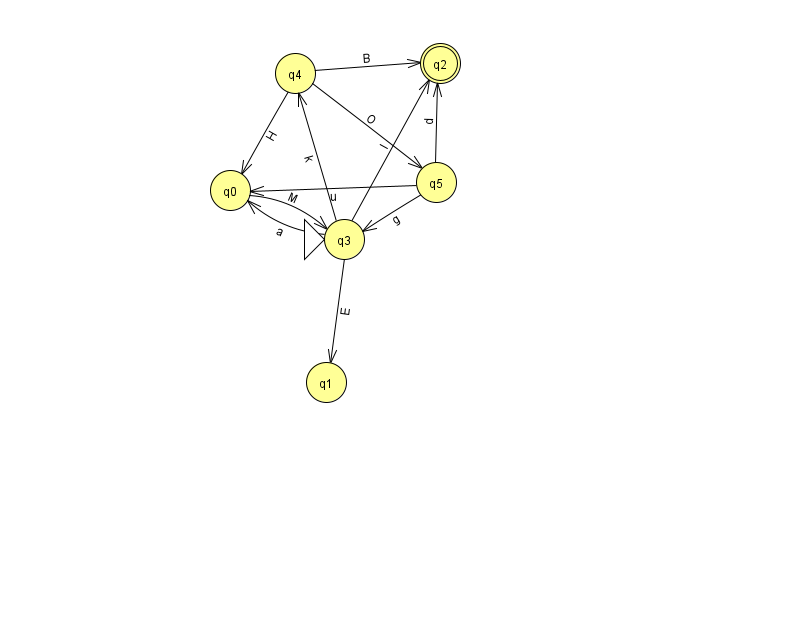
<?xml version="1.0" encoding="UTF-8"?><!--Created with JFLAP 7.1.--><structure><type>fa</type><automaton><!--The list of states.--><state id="0" name="q0"><x>230.0</x><y>177.0</y></state><state id="1" name="q1"><x>326.0</x><y>369.0</y></state><state id="2" name="q2"><x>440.0</x><y>50.0</y><final/></state><state id="3" name="q3"><x>344.0</x><y>226.0</y><initial/></state><state id="4" name="q4"><x>295.0</x><y>60.0</y></state><state id="5" name="q5"><x>436.0</x><y>169.0</y></state><!--The list of transitions.--><transition><from>4</from><to>0</to><read>H</read></transition><transition><from>5</from><to>2</to><read>d</read></transition><transition><from>3</from><to>1</to><read>E</read></transition><transition><from>3</from><to>2</to><read>I</read></transition><transition><from>5</from><to>0</to><read>u</read></transition><transition><from>4</from><to>5</to><read>O</read></transition><transition><from>0</from><to>3</to><read>M</read></transition><transition><from>3</from><to>4</to><read>k</read></transition><transition><from>3</from><to>0</to><read>a</read></transition><transition><from>4</from><to>2</to><read>B</read></transition><transition><from>5</from><to>3</to><read>g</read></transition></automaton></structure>